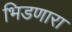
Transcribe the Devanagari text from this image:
भिडणारा